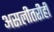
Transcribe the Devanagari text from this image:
असलीतरीही